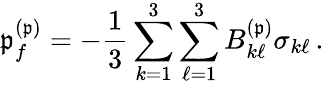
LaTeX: \mathfrak{p}_{f}^{(\mathfrak{p})}=-\frac{{1}}{{3}}\sum_{k=1}^{3}\sum_{\ell=1}^{3}B_{k\ell}^{(\mathfrak{p})}\sigma_{k\ell}\, .